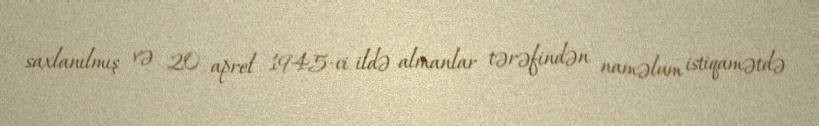
saxlanılmış və 20 aprel 1945-ci ildə almanlar tərəfindən naməlum istiqamətdə